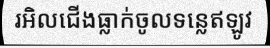
រអិលជើងធ្លាក់ចូលទន្លេឥឡូវ